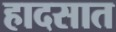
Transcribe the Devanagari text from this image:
हादसात